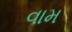
વામ